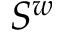
S ^ { w }